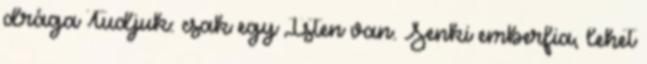
drága Tudjuk: csak egy Isten van. Senki emberfia, lehet